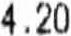
4.20